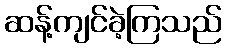
ဆန့်ကျင်ခဲ့ကြသည်